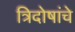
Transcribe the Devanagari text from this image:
त्रिदोषांचे